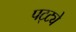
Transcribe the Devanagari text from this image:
पट्ट्ये